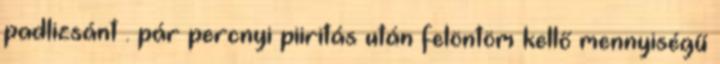
padlizsánt . pár percnyi piiritás után felöntöm kellő mennyiségű